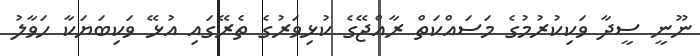
ނޫނީ ސީދާ ވަކިކުރުމުގެ މަސައްކަތް ރާއްޖޭގެ ކުޅިވަރުގެ ތެރޭގައި އުޅޭ ވަކިބަޔަކާ ހަވާލު